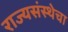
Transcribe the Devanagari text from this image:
राज्यसंस्थेचा